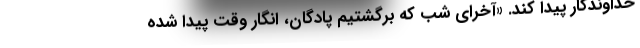
خداوندگار پيدا كند. «آخراي شب كه برگشتيم پادگان، انگار وقت پيدا شده